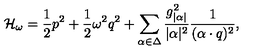
{ \cal H } _ { \omega } = { \frac { 1 } { 2 } } p ^ { 2 } + { \frac { 1 } { 2 } } \omega ^ { 2 } q ^ { 2 } + \sum _ { \alpha \in \Delta } { \frac { g _ { | \alpha | } ^ { 2 } } { | \alpha | ^ { 2 } } } { \frac { 1 } { ( \alpha \cdot q ) ^ { 2 } } } ,